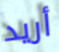
أريد